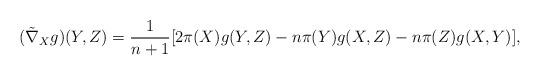
LaTeX: \begin{align*}(\tilde{\nabla}_{X}g)(Y, Z)=\frac{1}{n+1}[2\pi(X)g(Y, Z)-n\pi(Y)g(X, Z)-n\pi(Z)g(X, Y)],\end{align*}